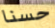
حسنا